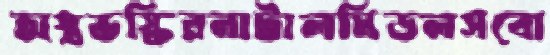
অস্ত্রভস্কিরনাটালমিডলসবো